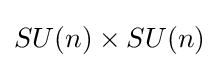
SU(n)\times SU(n)